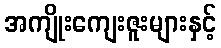
အကျိုးကျေးဇူးများနှင့်